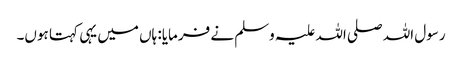
رسول اللہ صلی اللہ علیہ وسلم نے فرمایا: ہاں میں یہی کہتا ہوں۔